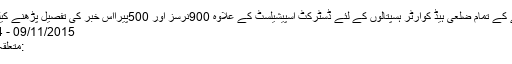
اُنہوں نے بتایا کہ صوبے کے تمام ضلعی ہیڈ کوارٹر ہسپتالوں کے لئے ڈسٹرکٹ اسپیشیلسٹ کے علاوہ 900نرسز اور 500پیرااس خبر کی تفصیل پڑھنے کیلئے یہاں پر کلک کیجئے
09/11/2015 - 19:38:44 :وقت اشاعت
:متعلقہ عنوان وزیر اعلیٰایف سی